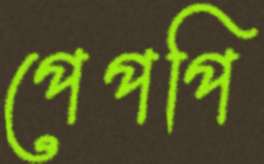
পেপপি